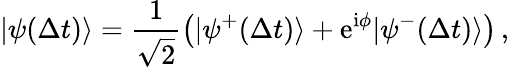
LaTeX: \vert\psi(\Delta t)\rangle=\frac{1}{\sqrt{2}}\big(\vert\psi^{+}(\Delta t)\rangle+\mathrm{e}^{\mathrm{i}\phi}\vert\psi^{-}(\Delta t)\rangle\big)\, ,